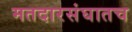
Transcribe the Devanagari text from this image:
मतदारसंघातच